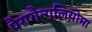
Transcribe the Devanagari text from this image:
पैरागैन्गलियोमा